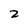
Character: 2